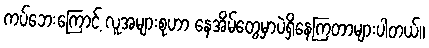
ကပ်ဘေးကြောင့် လူအများစုဟာ နေအိမ်တွေမှာပဲရှိနေကြတာများပါတယ်။